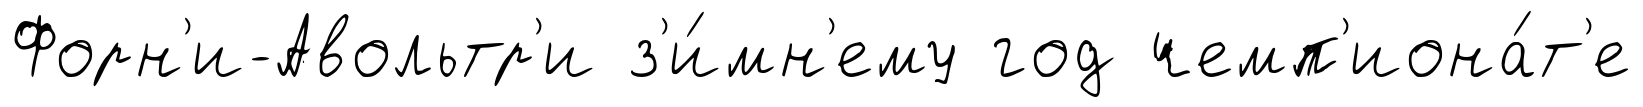
Форн'и-Авольтр'и з'и́мн'ему год чемп'иона́т'е